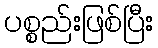
ပစ္စည်းဖြစ်ပြီး